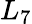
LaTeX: L_{7}